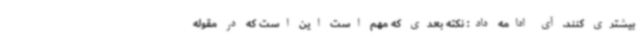
بیشتری کنند. آی ادامه داد: نکته بعدی که مهم است این است که در مقوله